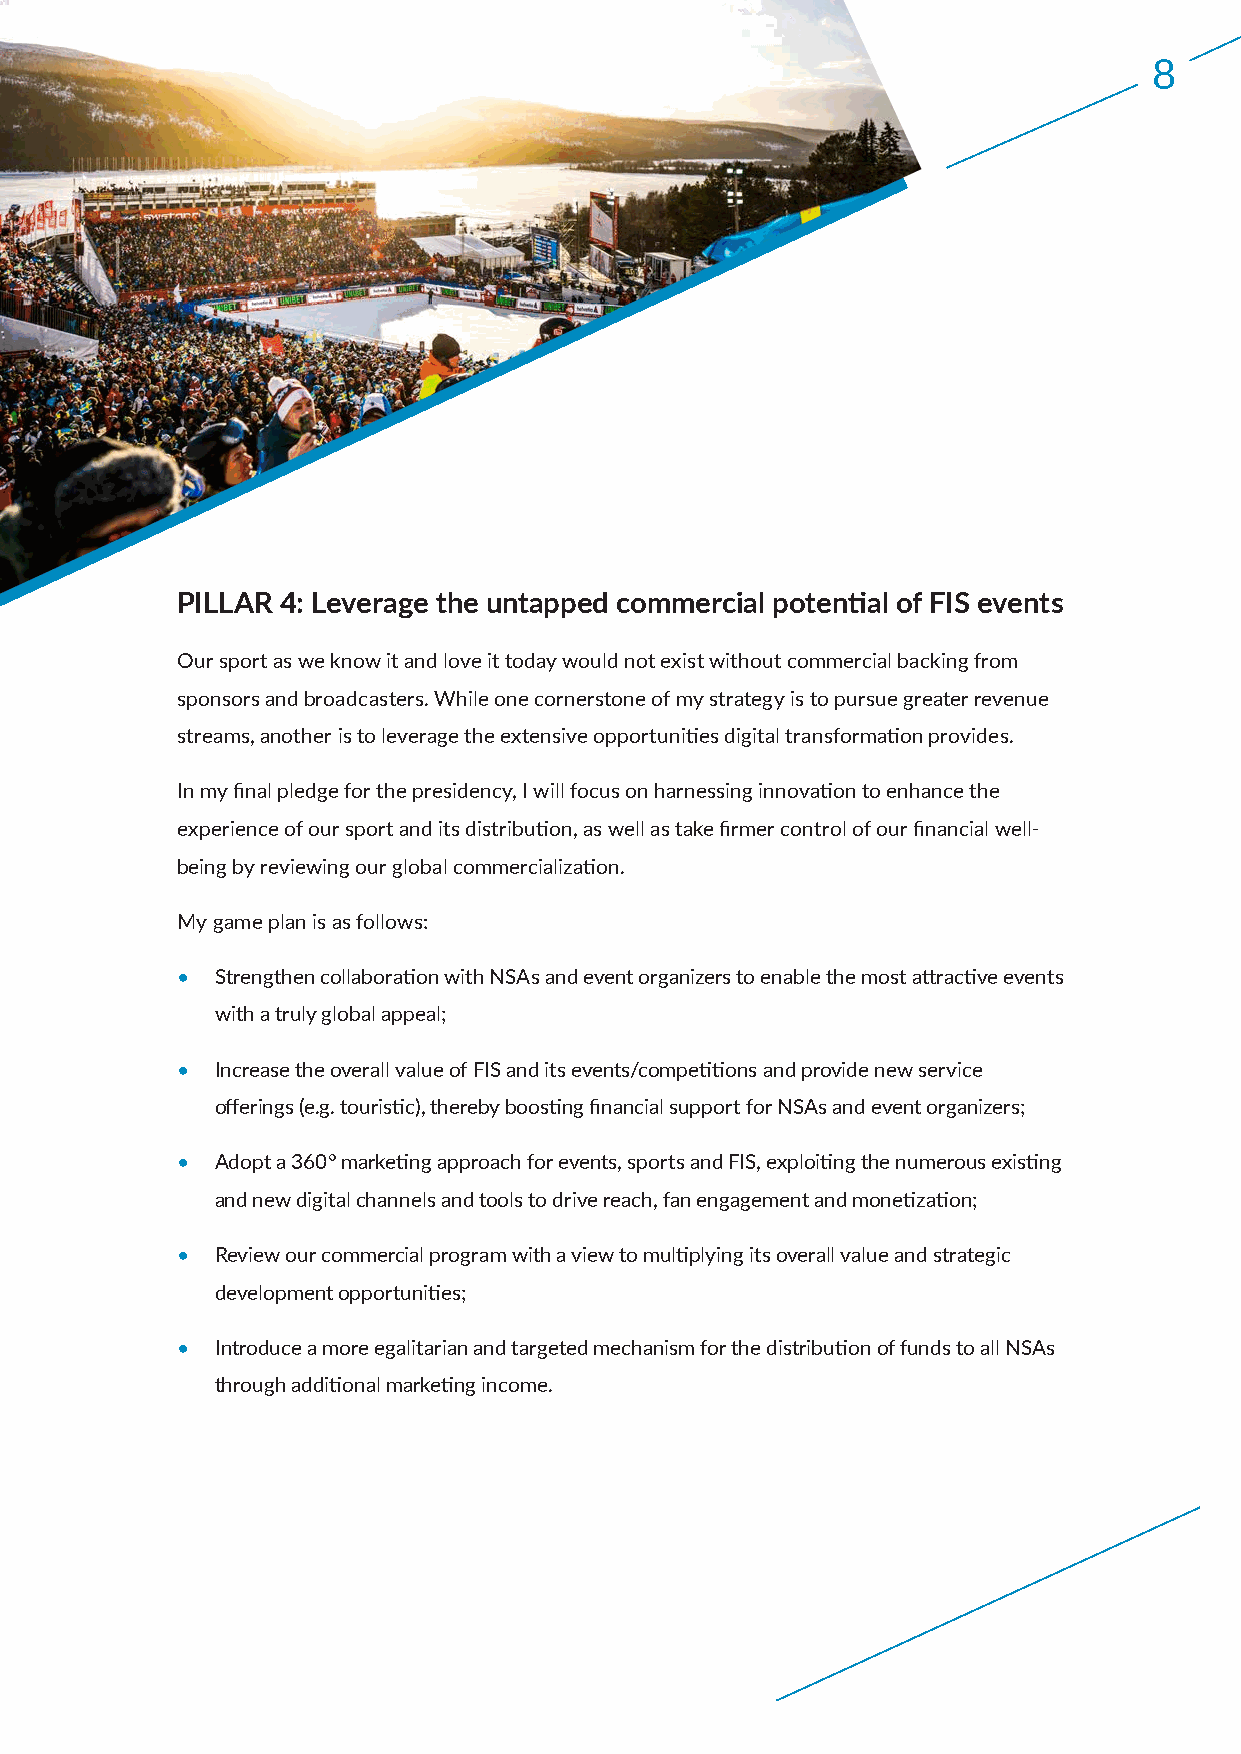
8
 PILLAR 4: Leverage the untapped commercial potential of FIS events
 Our sport as we know it and love it today would not exist without commercial backing from
 sponsors and broadcasters. While one cornerstone of my strategy is to pursue greater revenue
 streams, another is to leverage the extensive opportunities digital transformation provides.
 In my final pledge for the presidency, I will focus on harnessing innovation to enhance the
 experience of our sport and its distribution, as well as take firmer control of our financial well-
 being by reviewing our global commercialization.
 My game plan is as follows:
 • Strengthen collaboration with NSAs and event organizers to enable the most attractive events
 with a truly global appeal;
 • Increase the overall value of FIS and its events/competitions and provide new service
 offerings (e.g. touristic), thereby boosting financial support for NSAs and event organizers;
 • Adopt a 360° marketing approach for events, sports and FIS, exploiting the numerous existing
 and new digital channels and tools to drive reach, fan engagement and monetization;
 • Review our commercial program with a view to multiplying its overall value and strategic
 development opportunities;
 • Introduce a more egalitarian and targeted mechanism for the distribution of funds to all NSAs
 through additional marketing income.